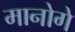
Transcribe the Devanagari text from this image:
मानोगे